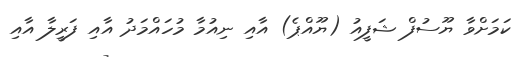
ކަމަށްވާ ޔޫސުފް ޝަފީއު (ޔޫއްޕެ) އާއި ނިއުމާ މުހައްމަދު އާއި ފަރީލާ އާއި